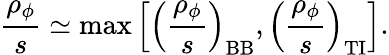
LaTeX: \frac{\rho_{\phi}}{s}\simeq\operatorname*{max}\left[\left(\frac{\rho_{\phi}}{s}\right)_{\mathrm{BB}},\left(\frac{\rho_{\phi}}{s}\right)_{\mathrm{TI}}\right].